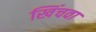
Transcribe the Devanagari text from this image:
खिंचवा